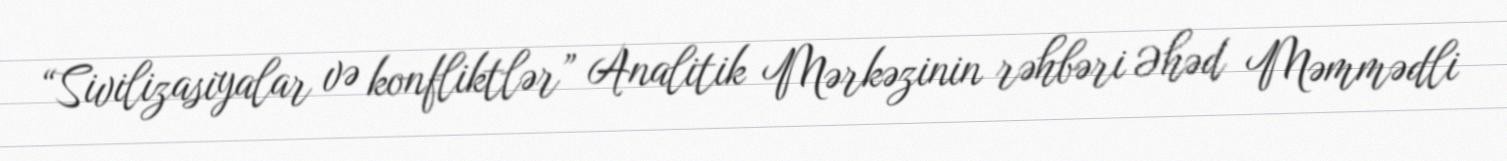
“Sivilizasiyalar və konfliktlər” Analitik Mərkəzinin rəhbəri Əhəd Məmmədli